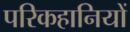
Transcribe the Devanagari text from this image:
परिकहानियों